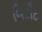
બિટૌટ